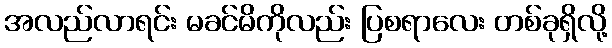
အလည်လာရင်း မခင်မိကိုလည်း ပြစရာလေး တစ်ခုရှိလို့